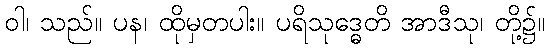
ဝါ၊ သည်။ ပန၊ ထိုမှတပါး။ ပရိသုဒ္ဓေတိ အာဒီသု၊ တို့၌။